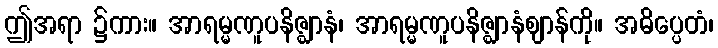
ဤအရာ ၌ကား။ အာရမ္မဏူပနိဇ္ဈာနံ၊ အာရမ္မဏူပနိဇ္ဈာနံဈာန်ကို။ အဓိပ္ပေတံ၊